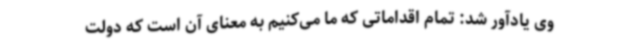
وی یادآور شد: تمام اقداماتی که ما می‌کنیم به معنای آن است که دولت